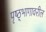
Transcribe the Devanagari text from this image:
पृष्ठ्भागावरील